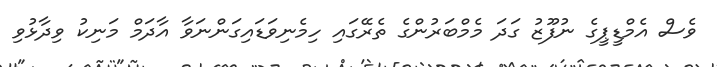
ވެސް އެމްޑީޕީގެ ނުފޫޒު ގަދަ މެމްބަރުންގެ ތެރޭގައި ހިމެނިވަޑައިގަންނަވާ އާދަމް މަނިކު ވިދާޅުވި